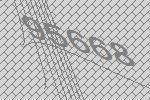
95668